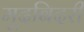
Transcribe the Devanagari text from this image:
मूदबिदरी